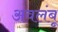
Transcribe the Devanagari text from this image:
अवलंबू